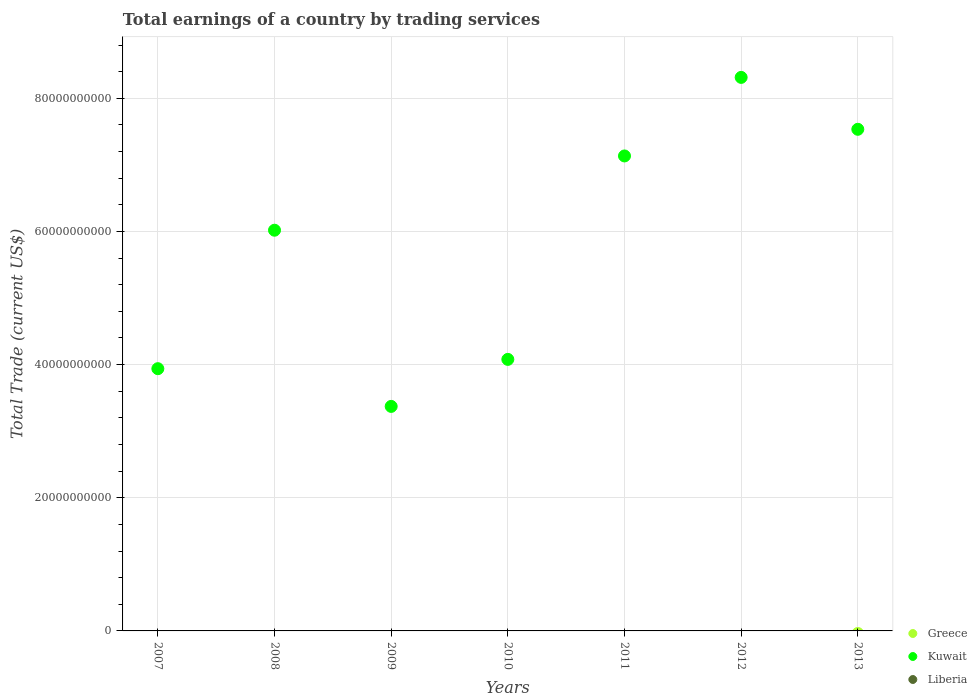
| Years | Greece | Kuwait | Liberia |
 | --- | --- | --- | --- |
 | 2007 | -3.42e+10 | 3.94e+10 | -1.2e+09 |
 | 2008 | -3.95e+10 | 6.02e+10 | -1.38e+09 |
 | 2009 | -2.51e+10 | 3.37e+10 | -1.25e+09 |
 | 2010 | -2.03e+10 | 4.08e+10 | -1.4e+09 |
 | 2011 | -1.73e+10 | 7.13e+10 | -2.06e+09 |
 | 2012 | -6e+09 | 8.31e+10 | -1.27e+09 |
 | 2013 | -3.87e+08 | 7.53e+10 | -1.13e+09 |